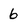
Character: 6